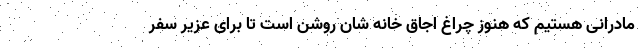
مادرانی هستیم که هنوز چراغ اجاق خانه شان روشن است تا برای عزیر سفر